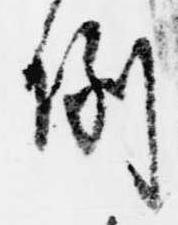
例